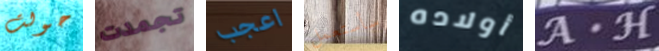
حولت تجمدت اعجب سأستعمل أولاده A.H